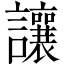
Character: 讓